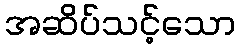
အဆိပ်သင့်သော